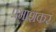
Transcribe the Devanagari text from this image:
प्रभाशंकर